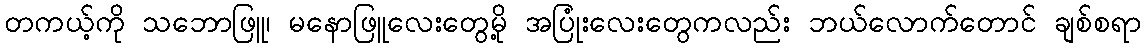
တကယ့်ကို သဘောဖြူ၊ မနောဖြူလေးတွေမို့ အပြုံးလေးတွေကလည်း ဘယ်လောက်တောင် ချစ်စရာ